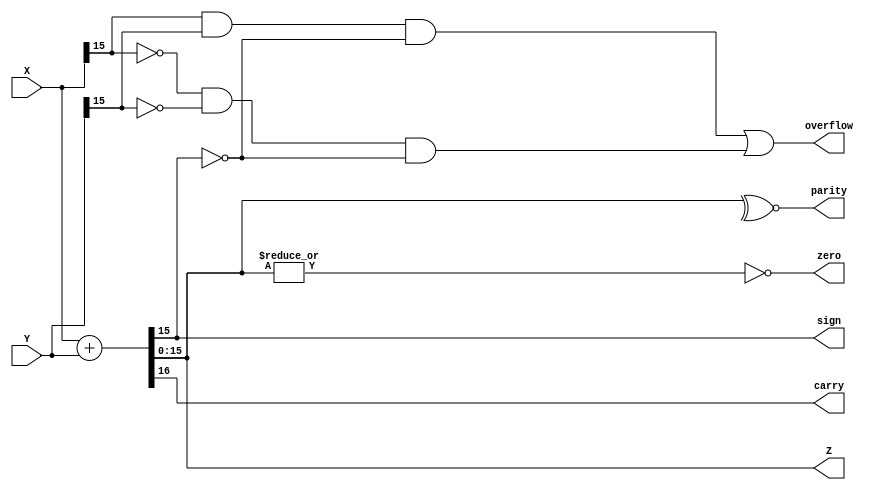
`timescale 1ns / 1ps

module alu(X,Y,Z,sign,zero,carry,parity,overflow);
    input[15:0]X,Y;
    output[15:0]Z;
    output sign , zero , carry , parity , overflow;
    
    assign {carry , Z}= X+Y; //16bit add
    assign sign= Z[15];
    assign zero= ~|Z;
    assign parity= ~^Z;
    assign overflow= (X[15] & Y[15] & ~Z[15] | ~X[15] & ~Y[15] & ~Z[15]);
    
endmodule